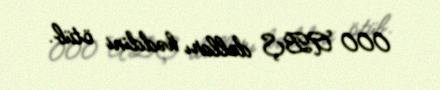
000 ABŞ dolları həddini ötüb.